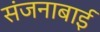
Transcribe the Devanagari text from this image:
संजनाबाई